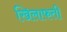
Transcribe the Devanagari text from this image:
खिलाफती